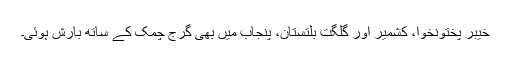
خیبر پختونخوا، کشمیر اور گلگت بلتستان، پنجاب میں بھی گرج چمک کے ساتھ بارش ہوئی۔